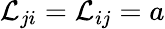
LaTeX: {\cal L}_{ji}={\cal L}_{ij}=a